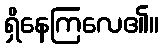
ရှိနေကြလေ၏။